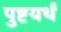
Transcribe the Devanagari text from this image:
पुष्टयर्थं